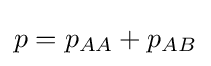
p=p_{AA}+p_{AB}